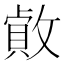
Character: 𢿓